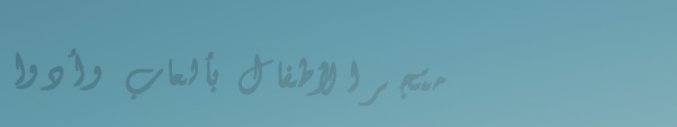
متجر الأطفال بألعاب وأدوا